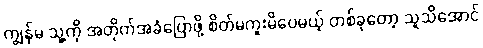
ကျွန်မ သူ့ကို အတိုက်အခံပြောဖို့ စိတ်မကူးမိပေမယ့် တစ်ခုတော့ သူသိအောင်